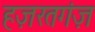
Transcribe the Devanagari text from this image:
हज़रतगंज़